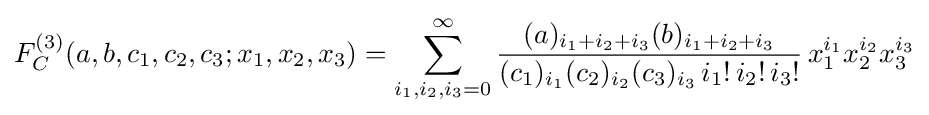
F_{C}^{(3)}(a,b,c_{1},c_{2},c_{3};x_{1},x_{2},x_{3})=\sum _{i_{1},i_{2},i_{3}=0}^{\infty }{\frac {(a)_{i_{1}+i_{2}+i_{3}}(b)_{i_{1}+i_{2}+i_{3}}}{(c_{1})_{i_{1}}(c_{2})_{i_{2}}(c_{3})_{i_{3}}\,i_{1}!\,i_{2}!\,i_{3}!}}\,x_{1}^{i_{1}}x_{2}^{i_{2}}x_{3}^{i_{3}}